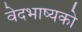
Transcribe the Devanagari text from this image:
वेदभाष्यको